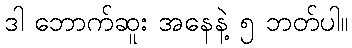
ဒါ ဘောက်ဆူး အနေနဲ့ ၅ ဘတ်ပါ။